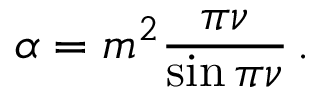
\alpha = m ^ { 2 } \frac { \pi \nu } { \sin \pi \nu } \, .